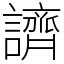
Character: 䜞